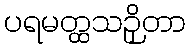
ပရမတ္ထသဉှိတာ